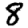
Digit: 8